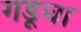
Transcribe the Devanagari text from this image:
गडूचा